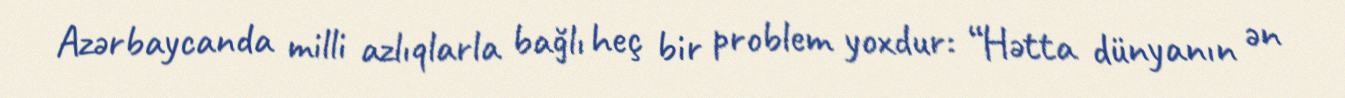
Azərbaycanda milli azlıqlarla bağlı heç bir problem yoxdur: “Hətta dünyanın ən